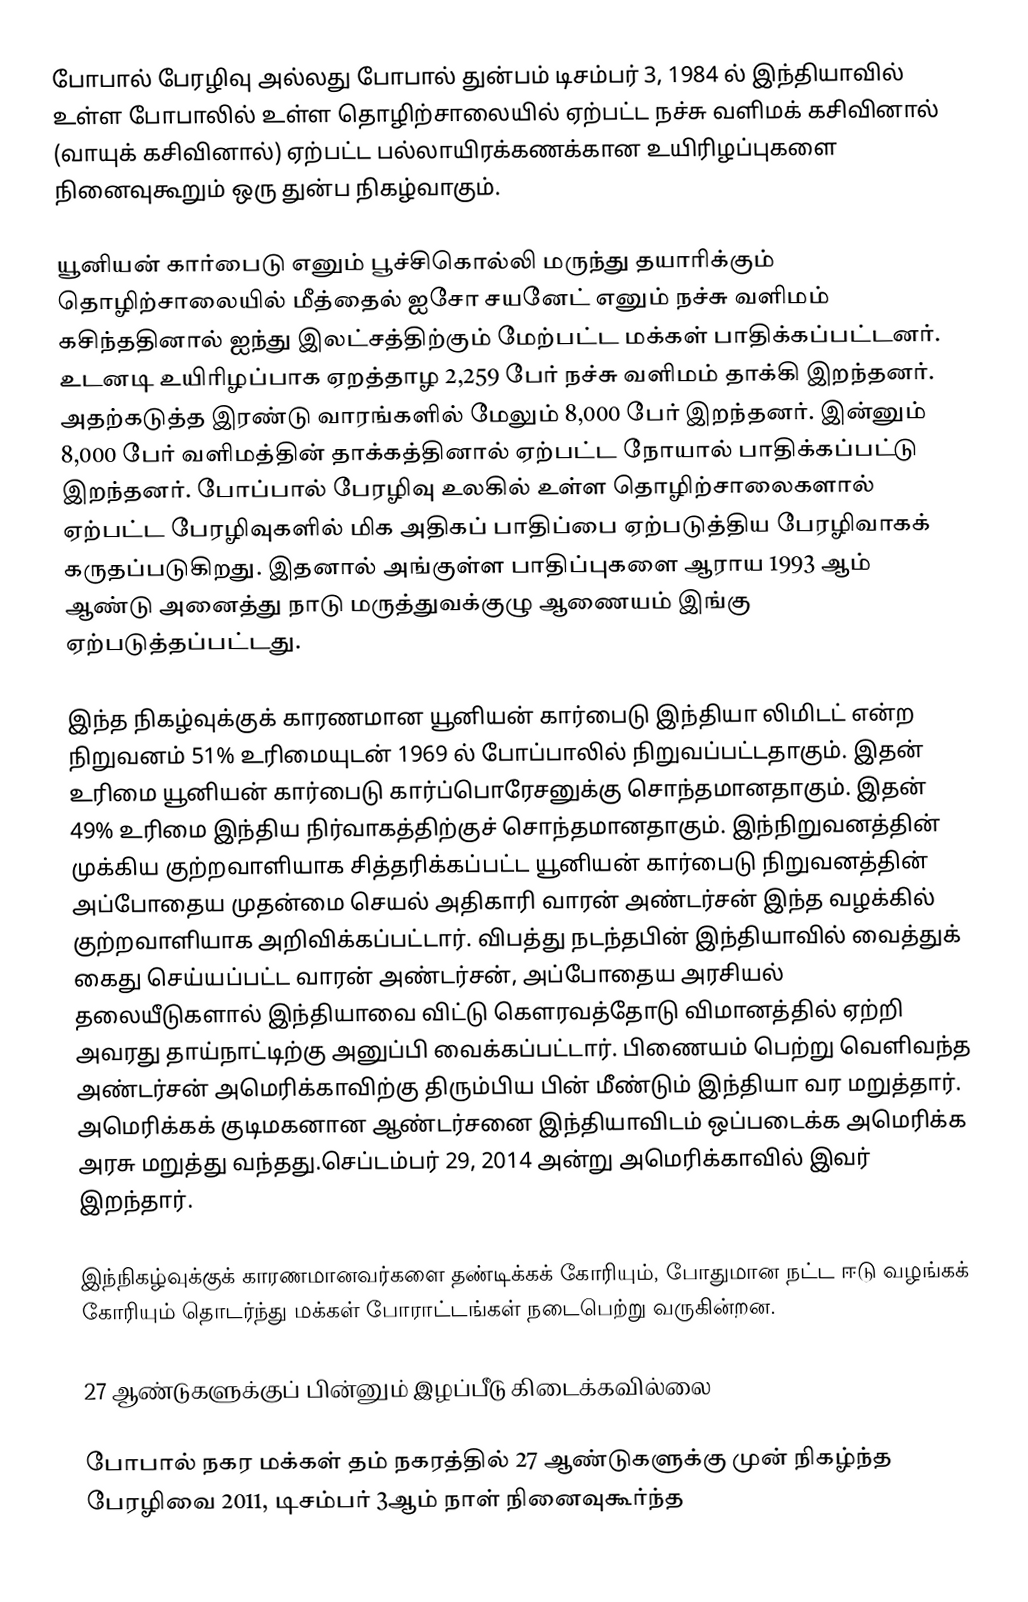
போபால் பேரழிவு அல்லது போபால் துன்பம் டிசம்பர் 3, 1984 ல் இந்தியாவில் உள்ள போபாலில் உள்ள தொழிற்சாலையில் ஏற்பட்ட நச்சு வளிமக் கசிவினால் (வாயுக் கசிவினால்) ஏற்பட்ட பல்லாயிரக்கணக்கான உயிரிழப்புகளை நினைவுகூறும் ஒரு துன்ப நிகழ்வாகும்.

யூனியன் கார்பைடு எனும் பூச்சிகொல்லி மருந்து தயாரிக்கும் தொழிற்சாலையில் மீத்தைல் ஐசோ சயனேட் எனும் நச்சு வளிமம் கசிந்ததினால் ஐந்து இலட்சத்திற்கும் மேற்பட்ட மக்கள் பாதிக்கப்பட்டனர். உடனடி உயிரிழப்பாக ஏறத்தாழ 2,259 பேர் நச்சு வளிமம் தாக்கி இறந்தனர். அதற்கடுத்த இரண்டு வாரங்களில் மேலும் 8,000 பேர் இறந்தனர். இன்னும்  8,000 பேர் வளிமத்தின் தாக்கத்தினால் ஏற்பட்ட நோயால் பாதிக்கப்பட்டு இறந்தனர். போப்பால் பேரழிவு உலகில் உள்ள தொழிற்சாலைகளால் ஏற்பட்ட பேரழிவுகளில் மிக அதிகப் பாதிப்பை ஏற்படுத்திய பேரழிவாகக் கருதப்படுகிறது. இதனால் அங்குள்ள பாதிப்புகளை ஆராய 1993 ஆம் ஆண்டு அனைத்து நாடு மருத்துவக்குழு ஆணையம் இங்கு ஏற்படுத்தப்பட்டது.

இந்த நிகழ்வுக்குக் காரணமான யூனியன் கார்பைடு இந்தியா லிமிடட் என்ற நிறுவனம் 51% உரிமையுடன் 1969 ல் போப்பாலில் நிறுவப்பட்டதாகும். இதன் உரிமை யூனியன் கார்பைடு கார்ப்பொரேசனுக்கு சொந்தமானதாகும். இதன் 49% உரிமை இந்திய நிர்வாகத்திற்குச் சொந்தமானதாகும். இந்நிறுவனத்தின் முக்கிய குற்றவாளியாக சித்தரிக்கப்பட்ட யூனியன் கார்பைடு நிறுவனத்தின் அப்போதைய முதன்மை செயல் அதிகாரி வாரன் அண்டர்சன் இந்த வழக்கில் குற்றவாளியாக அறிவிக்கப்பட்டார். விபத்து நடந்தபின் இந்தியாவில் வைத்துக் கைது செய்யப்பட்ட வாரன் அண்டர்சன், அப்போதைய அரசியல் தலையீடுகளால் இந்தியாவை விட்டு கௌரவத்தோடு விமானத்தில் ஏற்றி அவரது தாய்நாட்டிற்கு அனுப்பி வைக்கப்பட்டார். பிணையம் பெற்று வெளிவந்த அண்டர்சன் அமெரிக்காவிற்கு திரும்பிய பின் மீண்டும் இந்தியா வர மறுத்தார். அமெரிக்கக் குடிமகனான ஆண்டர்சனை இந்தியாவிடம் ஒப்படைக்க அமெரிக்க அரசு மறுத்து வந்தது.செப்டம்பர் 29, 2014 அன்று அமெரிக்காவில் இவர் இறந்தார்.

இந்நிகழ்வுக்குக் காரணமானவர்களை தண்டிக்கக் கோரியும், போதுமான நட்ட ஈடு வழங்கக் கோரியும் தொடர்ந்து மக்கள் போராட்டங்கள் நடைபெற்று வருகின்றன.

27 ஆண்டுகளுக்குப் பின்னும் இழப்பீடு கிடைக்கவில்லை

போபால் நகர மக்கள் தம் நகரத்தில் 27 ஆண்டுகளுக்கு முன் நிகழ்ந்த பேரழிவை 2011, டிசம்பர் 3ஆம் நாள் நினைவுகூர்ந்த